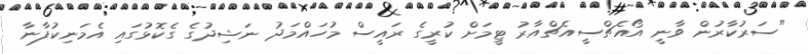
"ސަރުކާރުން ވާނީ އޯއެޗްސީއެޗްއާރު ޓީމަށް ކުރީގެ ރައީސް މުހައްމަދު ނަޝިދުގެ ގެކޮޅުގައި އެމަނިކުފާނާ